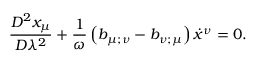
\frac { D ^ { 2 } x _ { \mu } } { D \lambda ^ { 2 } } + \frac { 1 } { \omega } \left( b _ { \mu ; \nu } - b _ { \nu ; \mu } \right) \dot { x } ^ { \nu } = 0 .